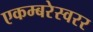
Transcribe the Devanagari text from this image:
एकम्बरेस्वरर